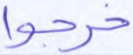
خرجوا